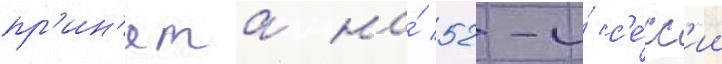
пр'ин'ята на́ 52-и́ с'е́сс'ии